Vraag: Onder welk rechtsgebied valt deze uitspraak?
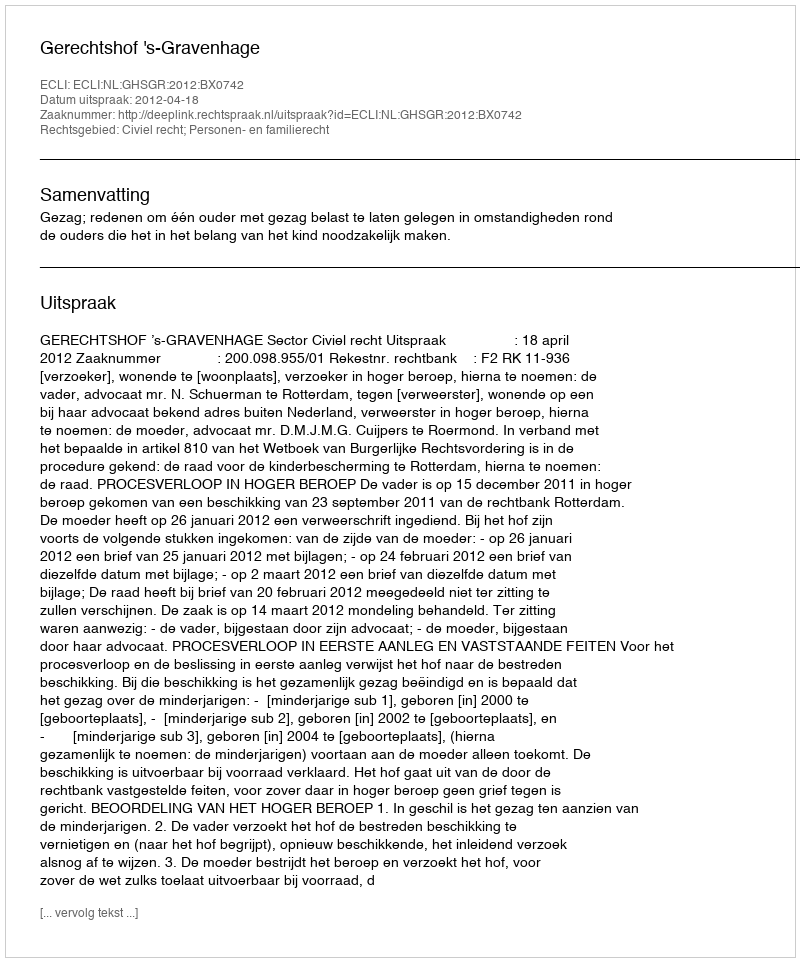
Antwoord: Civiel recht; Personen- en familierecht